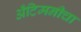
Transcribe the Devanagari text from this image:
अँटिमनीचा